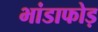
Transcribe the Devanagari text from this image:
भांडाफोड़